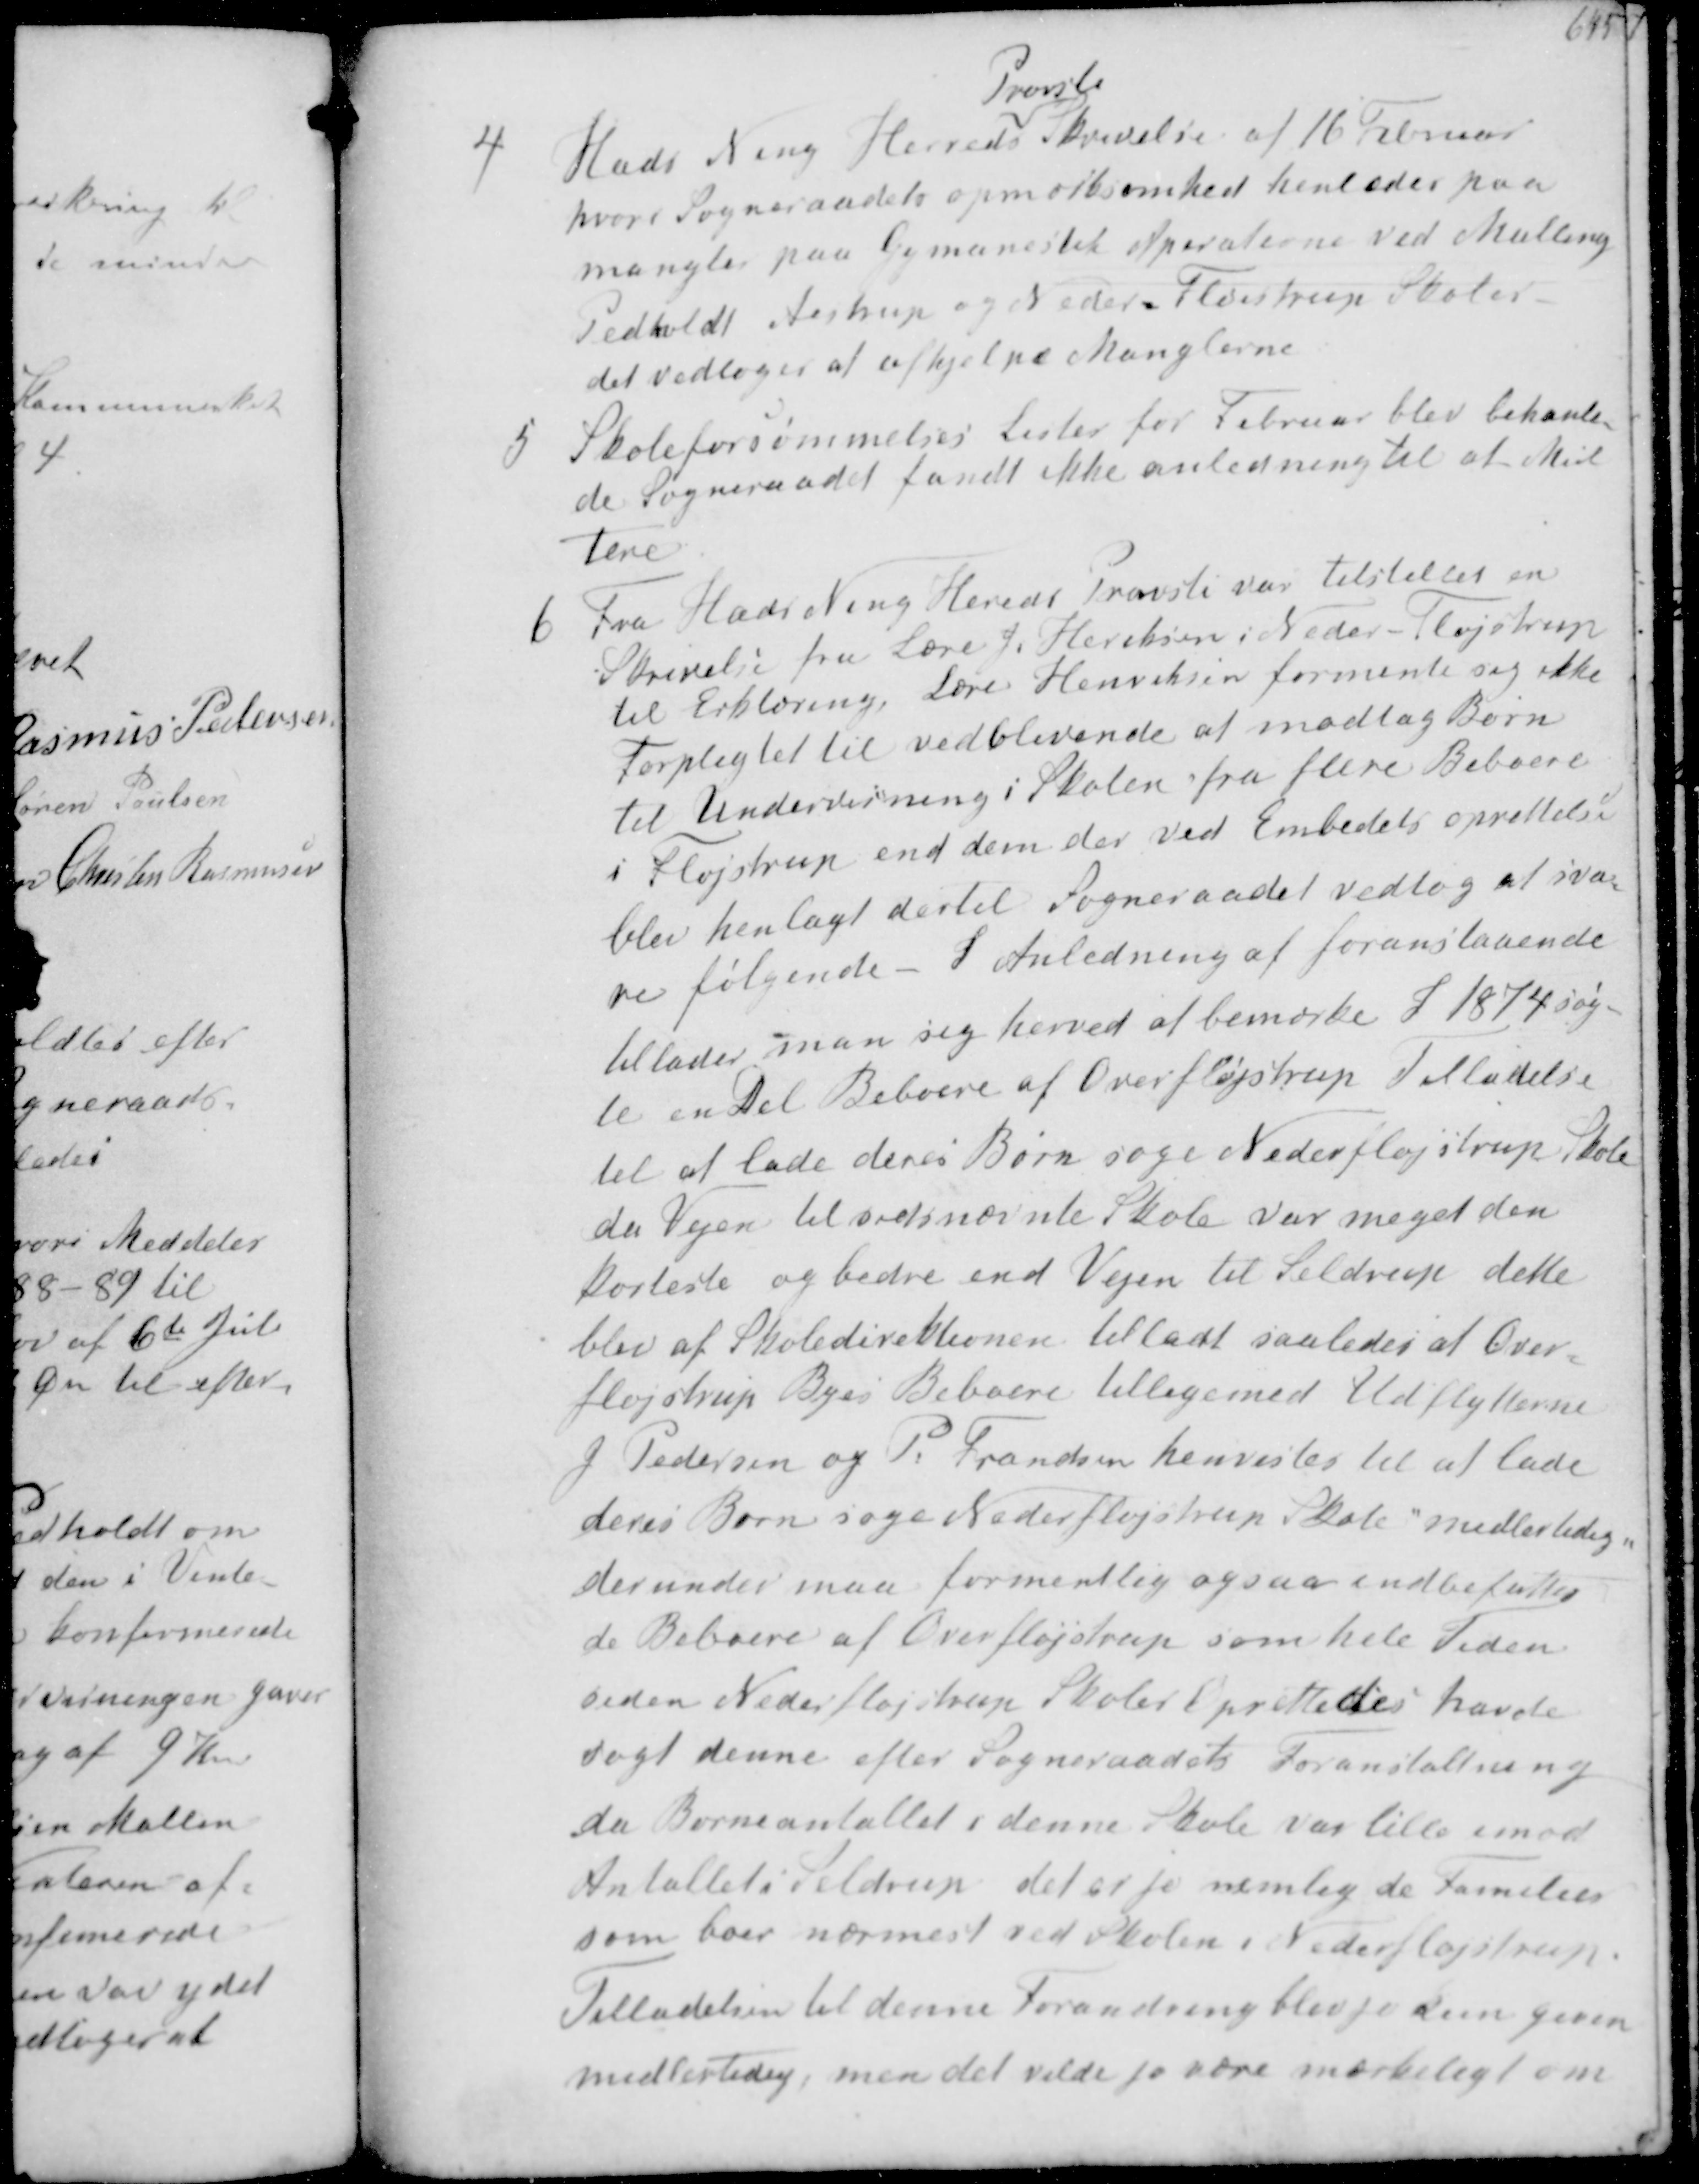
Transskription:
4. Hads Ning Herreds
Provsti
Skrivelse af 16 Februar
hvor Sogneraadets Opmærksomhed henledes paa
mangler paa Gymnastik Aparaterne ved Malling
Pedholdt Aistrup og Neder Fløjstrup Skoler.
det vedtoges at afhjælpe Manglerne
5. Skoleforsømmelses Lister for Februar blev behanle-
de Sogneraadet fandt ikke anledning til at Mulk-
tere
6. Fra Hads Ning Hereds Provsti var tilstillet en
Skrivelse fra Lærer J. Heriksen i Neder Fløjstrup
til erklæring, Lærer Henriksen formente sig ikke
forpligtet til vedblivende af modtage Børn
til Undervisning i Skolen fra flere Beboere
i Fløjstrup end dem der ved Embedets oprettelse
er henlagt dertil Sogneraadet vedtog at sva-
re følgende - I Anledning af foranstaaende
tillader man sig herved at bemærke i 1874 søg-
te en Del Beboere af Overfløjstrup Tilladelse
et at lade deres Børn søge Nederfløjstrup Skole
da Vejen til sidstnævnte Skole var meget den
korteste og bedre end Vejen til Seldrup dette
blev af Skoledirektionen tilladt saaledes at Over-
Fløjstrup Byes Beboere tilligemed Udflytterne
J. Pedersen og P Frandsen henvistes til at lade
deres Børn søge Nederfløjstrup Skole midlertidig
derunder maa formentlig ogsaa indbefattes
de Beboere af Overfløjstrup som hele Tiden
siden Nederfløjstrup Skoles oprettedes havde
søgt denne efter Sogneraadets Foranstaltning
da Børneantallet i denne Skole var lille imod
Antallets Seldrup det er jo nemlig de Familier
som boer nærmest ved skolen i Nederfløjstrup
Tilladelse til denne Forandring blev jo dem given
midlertidig, men det vilde jo være mærkeligt om